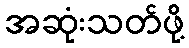
အဆုံးသတ်ဖို့